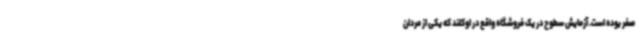
صفر بوده است. آزمایش سطوح در یک فروشگاه واقع در اوکلند که یکی از مردان